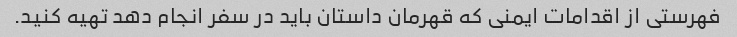
فهرستی از اقدامات ایمنی که قهرمان داستان باید در سفر انجام دهد تهیه کنید.